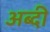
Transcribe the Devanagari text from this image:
अब्दी